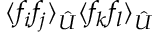
\langle { f _ { i } } { f _ { j } } \rangle _ { \hat { U } } \langle { f _ { k } } { f _ { l } } \rangle _ { \hat { U } }